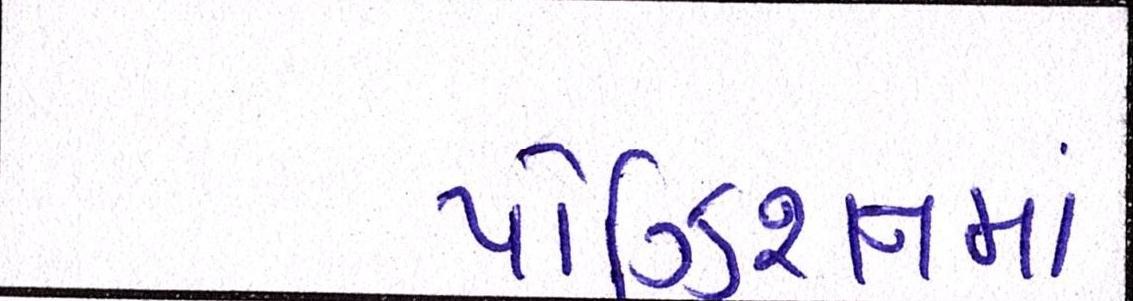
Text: પોઝિશનમાં